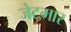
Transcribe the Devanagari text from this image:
जेटमार